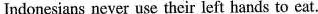
In do nesians never use their left hands to eat.